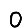
Digit: 0